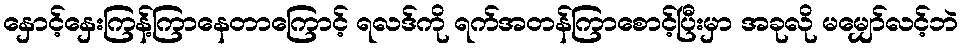
နှောင့်နှေးကြန့်ကြာနေတာကြောင့် ရလဒ်ကို ရက်အတန်ကြာစောင့်ပြီးမှာ အခုလို မမျှော်လင့်ဘဲ